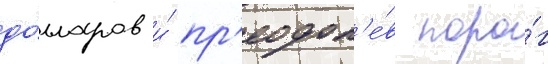
до́лларов и́ пр'еодол'е́в поро́г